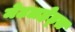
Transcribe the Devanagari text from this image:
मेटलहेड्स